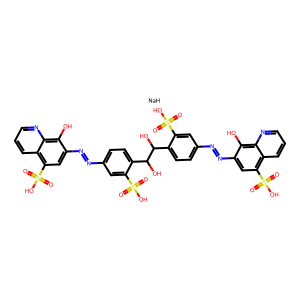
SMILES: O=S(=O)(O)c1cc(N=Nc2cc(S(=O)(=O)O)c3cccnc3c2O)ccc1C(O)C(O)c1ccc(N=Nc2cc(S(=O)(=O)O)c3cccnc3c2O)cc1S(=O)(=O)O.[NaH]
Inhibits HIV replication: Yes